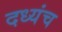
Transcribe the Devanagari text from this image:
दध्यंच